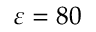
\varepsilon = 8 0